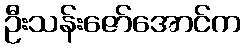
ဦးသန်းဇော်အောင်က